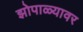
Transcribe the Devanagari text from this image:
झोपाळ्यावर